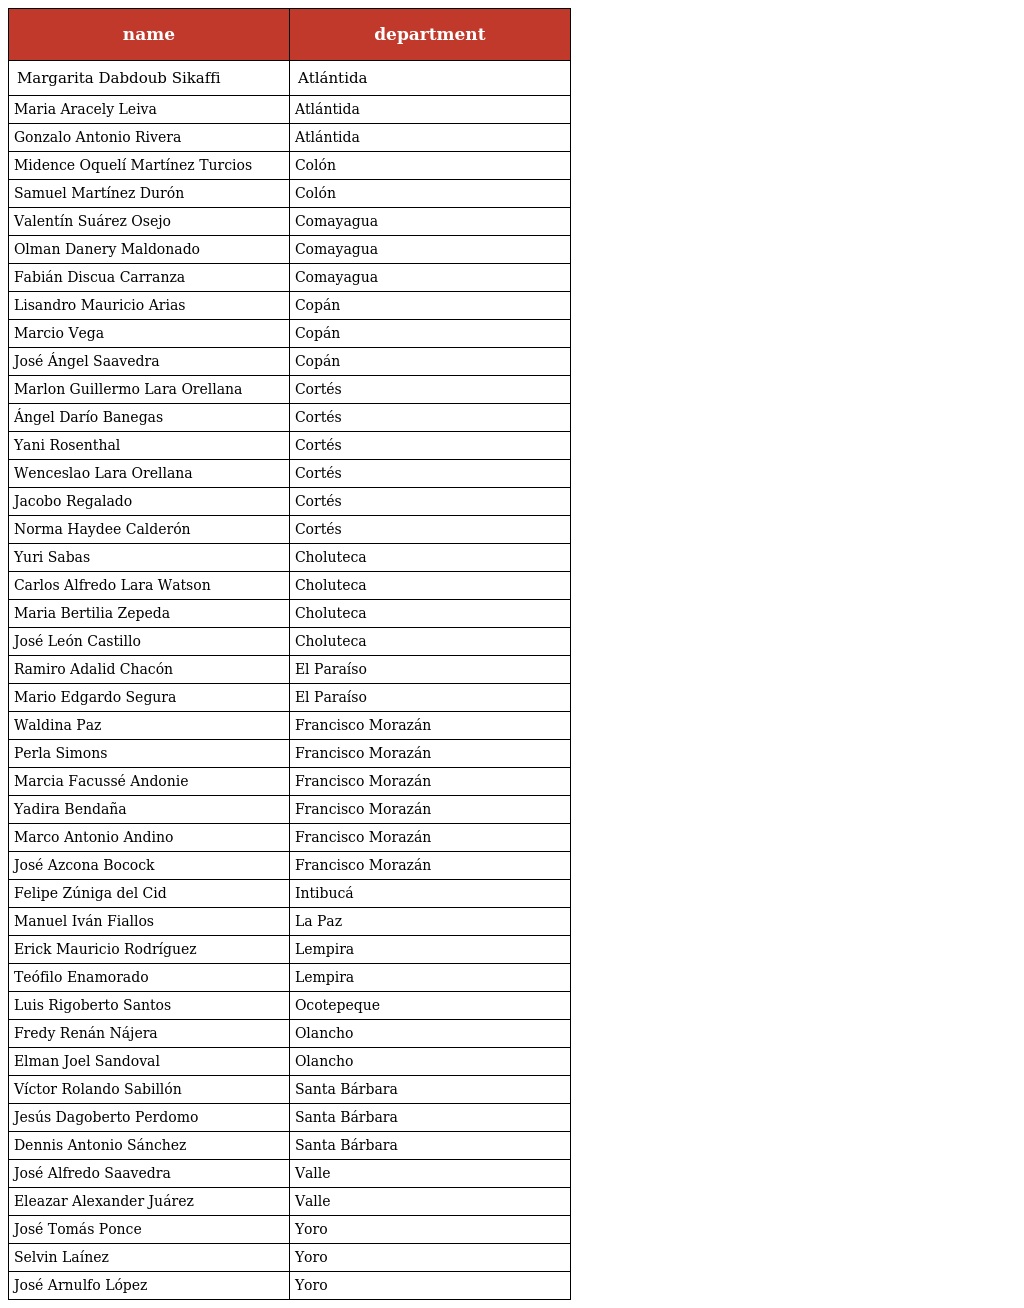
| name | department |
 | --- | --- |
 | Margarita Dabdoub Sikaffi | Atlántida |
 | Maria Aracely Leiva | Atlántida |
 | Gonzalo Antonio Rivera | Atlántida |
 | Midence Oquelí Martínez Turcios | Colón |
 | Samuel Martínez Durón | Colón |
 | Valentín Suárez Osejo | Comayagua |
 | Olman Danery Maldonado | Comayagua |
 | Fabián Discua Carranza | Comayagua |
 | Lisandro Mauricio Arias | Copán |
 | Marcio Vega | Copán |
 | José Ángel Saavedra | Copán |
 | Marlon Guillermo Lara Orellana | Cortés |
 | Ángel Darío Banegas | Cortés |
 | Yani Rosenthal | Cortés |
 | Wenceslao Lara Orellana | Cortés |
 | Jacobo Regalado | Cortés |
 | Norma Haydee Calderón | Cortés |
 | Yuri Sabas | Choluteca |
 | Carlos Alfredo Lara Watson | Choluteca |
 | Maria Bertilia Zepeda | Choluteca |
 | José León Castillo | Choluteca |
 | Ramiro Adalid Chacón | El Paraíso |
 | Mario Edgardo Segura | El Paraíso |
 | Waldina Paz | Francisco Morazán |
 | Perla Simons | Francisco Morazán |
 | Marcia Facussé Andonie | Francisco Morazán |
 | Yadira Bendaña | Francisco Morazán |
 | Marco Antonio Andino | Francisco Morazán |
 | José Azcona Bocock | Francisco Morazán |
 | Felipe Zúniga del Cid | Intibucá |
 | Manuel Iván Fiallos | La Paz |
 | Erick Mauricio Rodríguez | Lempira |
 | Teófilo Enamorado | Lempira |
 | Luis Rigoberto Santos | Ocotepeque |
 | Fredy Renán Nájera | Olancho |
 | Elman Joel Sandoval | Olancho |
 | Víctor Rolando Sabillón | Santa Bárbara |
 | Jesús Dagoberto Perdomo | Santa Bárbara |
 | Dennis Antonio Sánchez | Santa Bárbara |
 | José Alfredo Saavedra | Valle |
 | Eleazar Alexander Juárez | Valle |
 | José Tomás Ponce | Yoro |
 | Selvin Laínez | Yoro |
 | José Arnulfo López | Yoro |